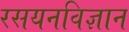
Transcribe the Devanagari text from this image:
रसयनविज्ञान